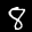
Label: 8